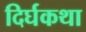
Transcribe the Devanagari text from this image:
दिर्घकथा